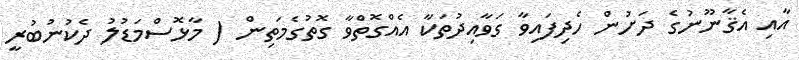
އާއި އެޤާނޫނުގެ ދަށުން ހެދިފައިވާ ގަވާއިދުތަކާ އެއްގޮތްވާ ގޮތުގެމަތިން ( މާޅޮސްމަޑުލު ދެކުނުބުރީ